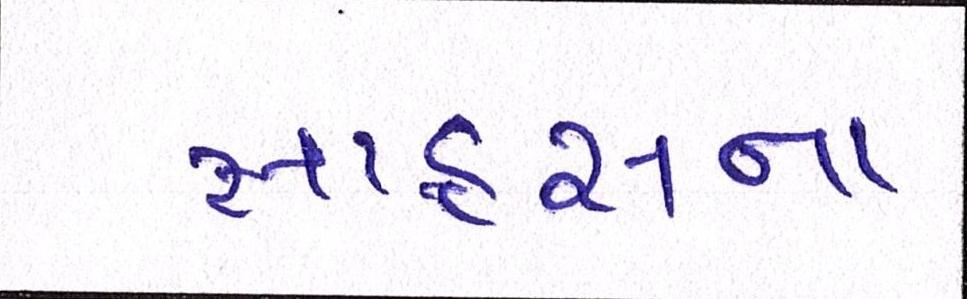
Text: સાહસના